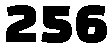
256